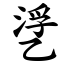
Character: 㐢